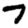
Digit: 7